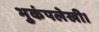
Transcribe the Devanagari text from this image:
भुकंपलेखी।